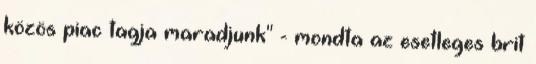
közös piac tagja maradjunk" - mondta az esetleges brit